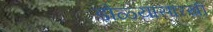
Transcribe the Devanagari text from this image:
डोळ्यासारखी